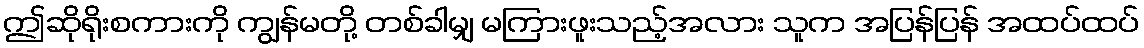
ဤဆိုရိုးစကားကို ကျွန်မတို့ တစ်ခါမျှ မကြားဖူးသည့်အလား သူက အပြန်ပြန် အထပ်ထပ်